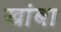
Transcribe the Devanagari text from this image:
खांबा